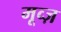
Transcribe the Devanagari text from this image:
मूव्ज़